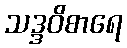
သဒ္ဒဝိစာရေ